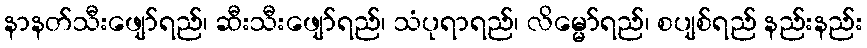
နာနတ်သီးဖျော်ရည်၊ ဆီးသီးဖျော်ရည်၊ သံပုရာရည်၊ လိမ္မော်ရည်၊ စပျစ်ရည် နည်းနည်း